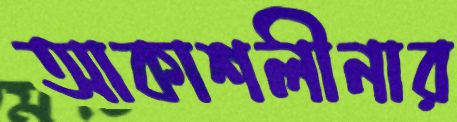
আকাশলীনার